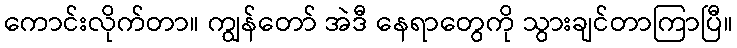
ကောင်းလိုက်တာ။ ကျွန်တော် အဲဒီ နေရာတွေကို သွားချင်တာကြာပြီ။